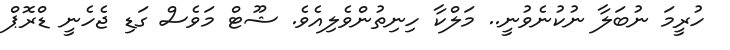
ހުރީމަ ނުބަލާ ނުކުނެވުނީ.. މަލްކާ ހިނިތުންވެލިއެވެ. ޝޫޓް މަވެސް ގަޑި ޖެހެނީ ޑްރޮޕް